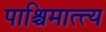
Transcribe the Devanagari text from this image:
पाश्चिमात्त्य